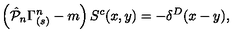
\left( \hat { { \cal P } } _ { n } \Gamma _ { ( s ) } ^ { n } - m \right) S ^ { c } ( x , y ) = - \delta ^ { D } ( x - y ) ,